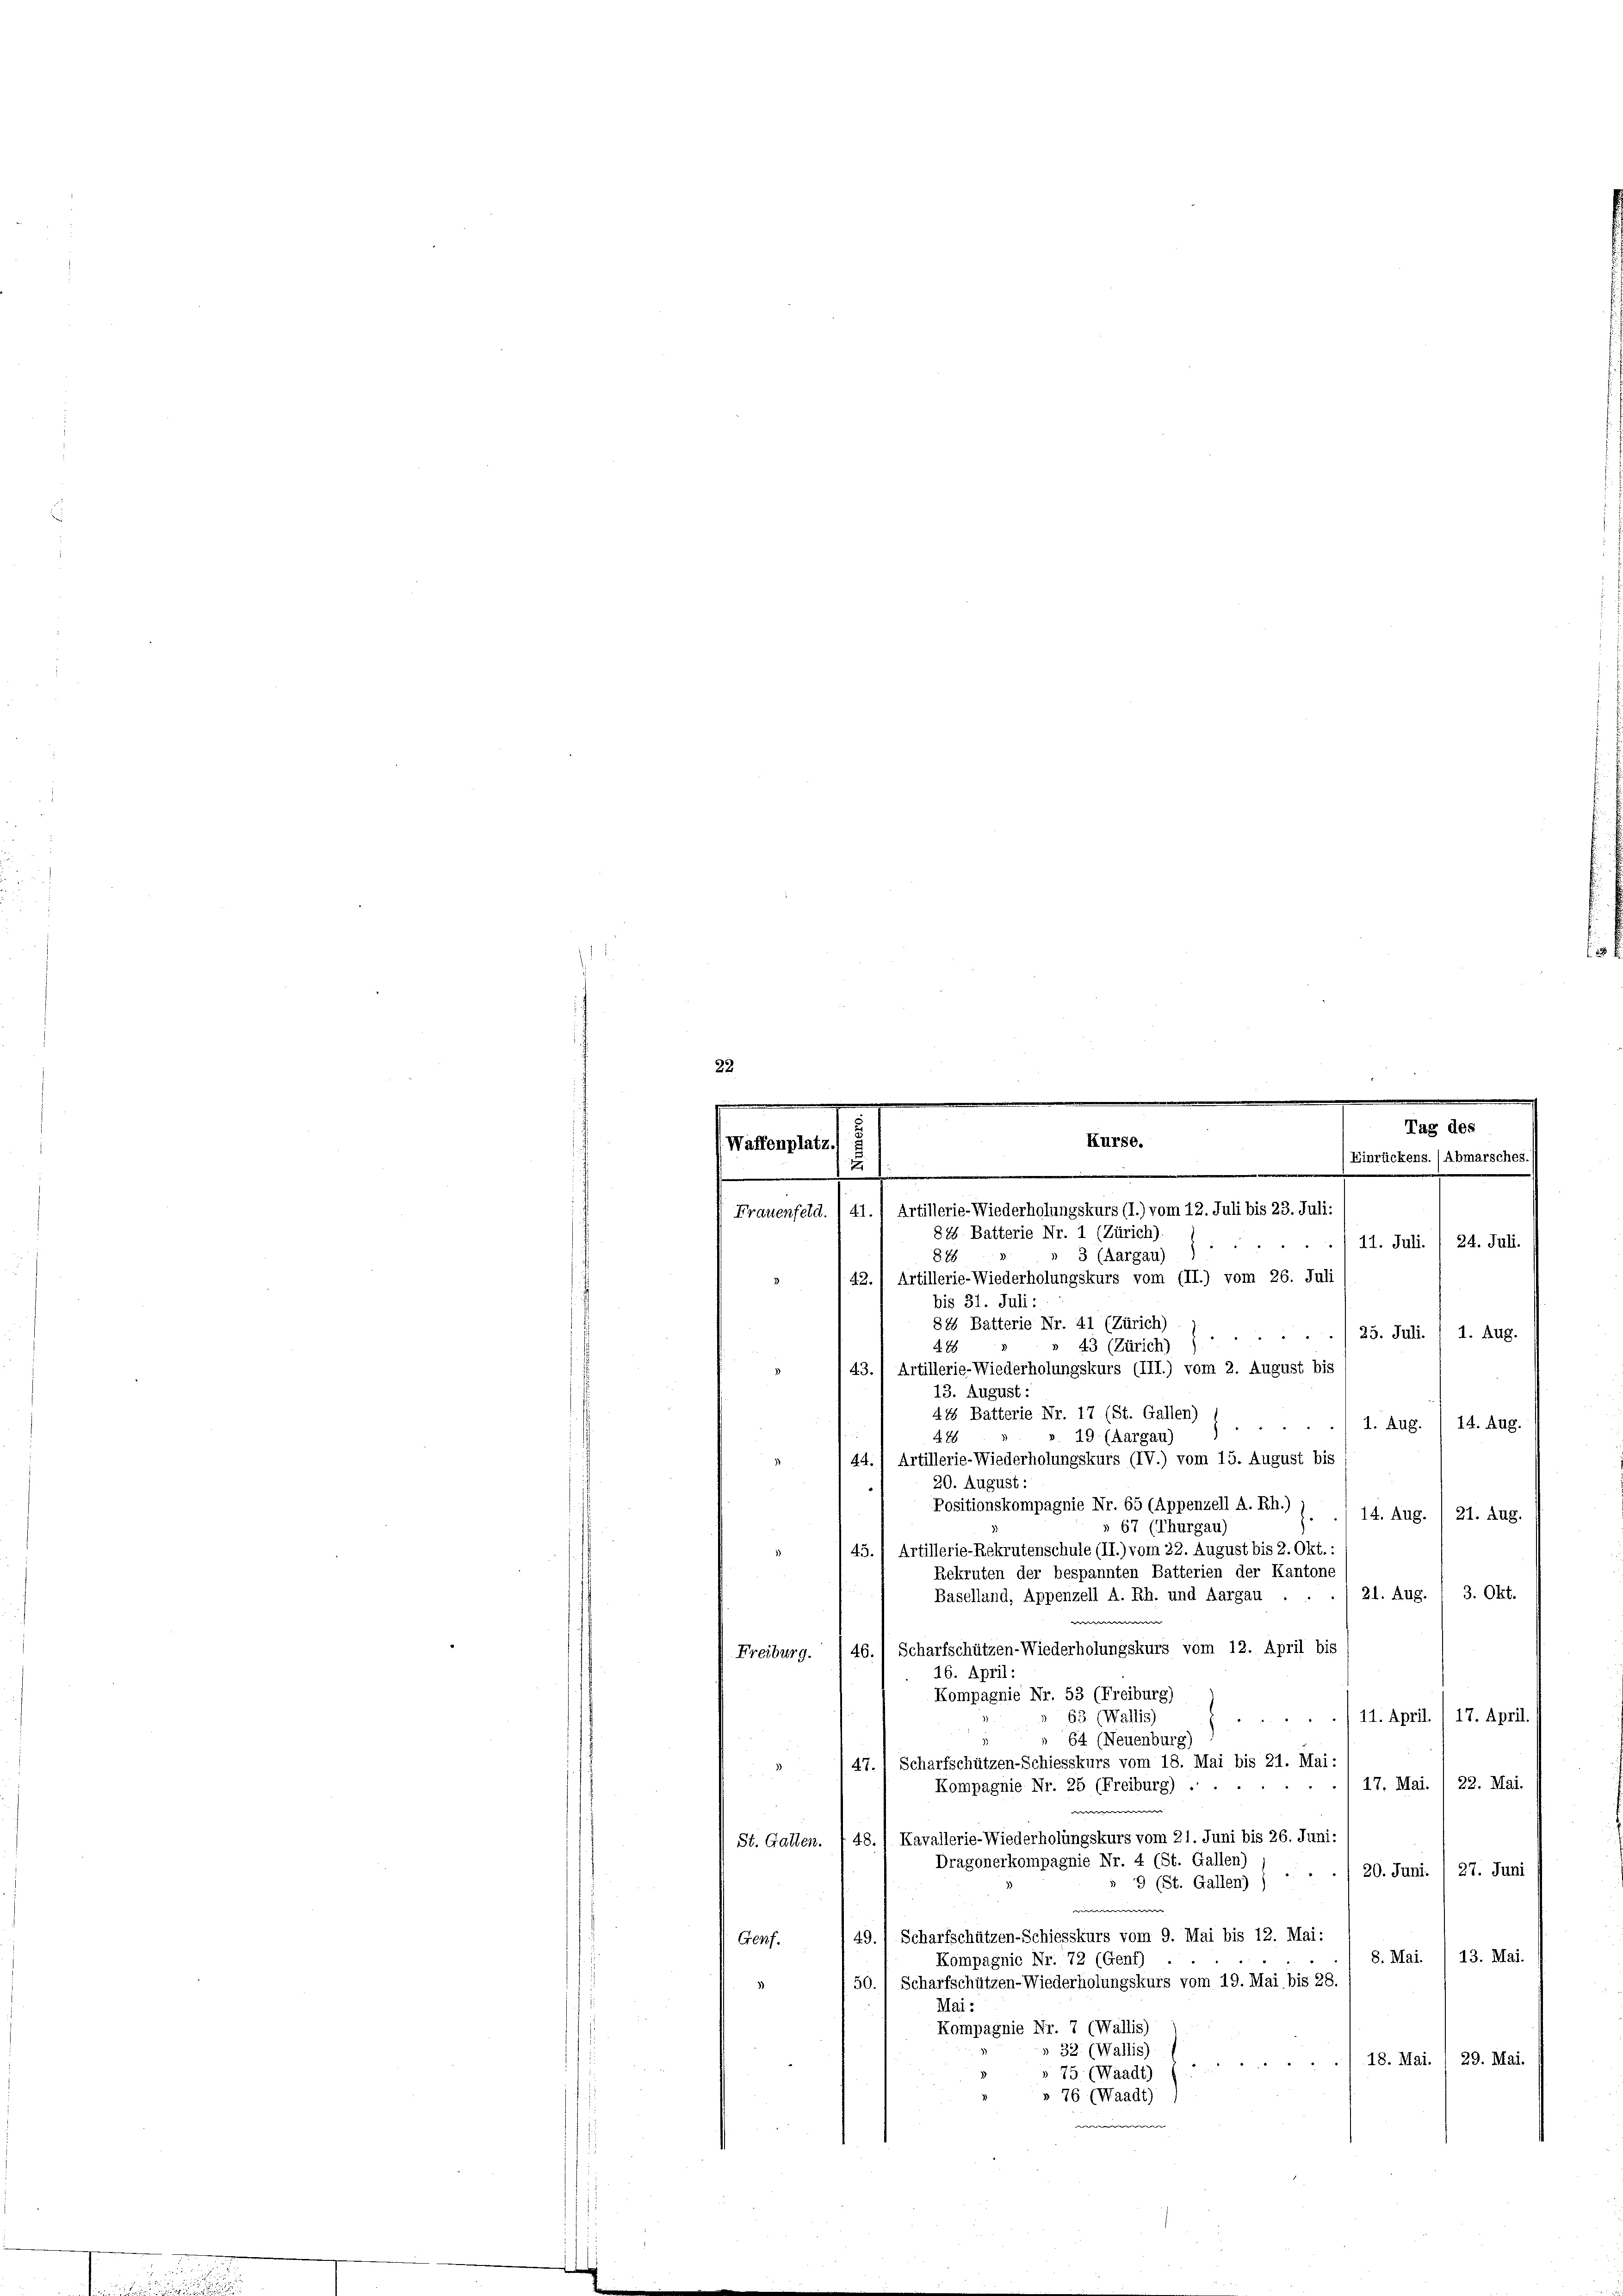
"
.
848
 3 (Aargau)
42., Artillerie-Wiederholungskurs vom (II.) vom 26. Juli
bis 31. Juli:
84 Batterie Nr. 41 (Zürich)
25. Juli. , 1. Aug.
488
» 43 (Zürich) )
43. Artillerie-Wiederholungskurs (III.) vom 2. August bis
13. August
485 Batterie Nr. 17 (St. Gallen)
1. Aug. 14. Aug.
42
19 (Aargau)
44.) Artillerie-Wiederholungskurs (IV.) vom 15. August bis
20. August:
Positionskompagnie Nr. 65 (Appenzell A. Rh.)
14. Aug. / 21. Aug.
» 67 (Thurgau)
45.) Artillerie-Rekrutenschule (II.) vom 22. August bis 2. Okt.:
Rekruten der bespannten Batterien der Kantone
21. Aug. 13. Okt.
Baselland, Appenzell A. Rh. und Aargau .
Scharfschützen-Wiederholungskurs vom 12. April bis
46.
Freiburg.
16. April:
Kompagnie Nr. 53 (Freiburg)
» 63. (Wallis)
./11. April. (17. April
64 (Neuenburg)
Scharfschützen-Schiesskurs vom 18. Mai bis 21. Mai:
3
47.
17. Mai. 22. Mai.
Kompagnie Nr. 25 (Freiburg) .
Kavallerie-Wiederholungskurs vom 21. Juni bis 26. Juni:
48.
St. Gatten.
Dragonerkompagnie Nr. 4 (St. Gallen)
20. Juni. 1 27. Juni
d
9 (St. Gallen) )
49. Scharfschützen-Schiesskurs vom 9. Mai bis 12. Mai:
Genf.
8. Mai. / 13. Mai.
Kompagnie Nr. 72 (Genf)
50. / Scharfschützen-Wiederholungskurs vom 19. Mai bis 28
Mai
Kompagnie Nr. 7 (Wallis)
 32 (Wallis)
18. Mai. / 29. Mai.
» 75 (Waadt) (
» 76 (Waadt)

.
.
.
.
.
Tag des
Kurse.
Waffenplatz. G
(Einrückens. (Abmarsches.
e
2
.
Frauenfeld. /41.) Artillerie-Wiederholungskurs (I.) vom 12. Juli bis 23. Juli:
84 Batterie Nr. 1 (Zürich).
11. Juli. / 24. Juli.

s